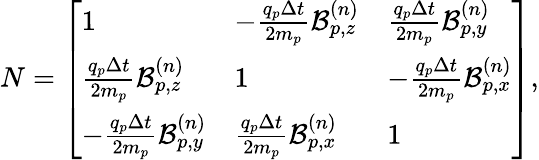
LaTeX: N=\left[\begin{array}{lll}{1}&{-\frac{q_{p}\Delta t}{2m_{p}}\mathcal{B}_{p,z}^{(n)}}&{\frac{q_{p}\Delta t}{2m_{p}}\mathcal{B}_{p,y}^{(n)}}\\ {\frac{q_{p}\Delta t}{2m_{p}}\mathcal{B}_{p,z}^{(n)}}&{1}&{-\frac{q_{p}\Delta t}{2m_{p}}\mathcal{B}_{p,x}^{(n)}}\\ {-\frac{q_{p}\Delta t}{2m_{p}}\mathcal{B}_{p,y}^{(n)}}&{\frac{q_{p}\Delta t}{2m_{p}}\mathcal{B}_{p,x}^{(n)}}&{1}\end{array}\right],